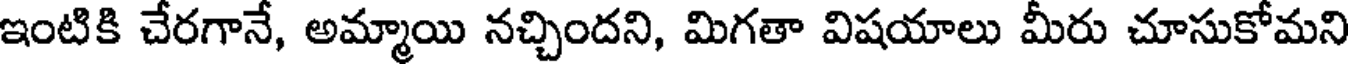
ఇంటికి చేరగానే, అమ్మాయి నచ్చిందని, మిగతా విషయాలు మీరు చూసుకోమని